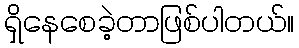
ရှိနေစေခဲ့တာဖြစ်ပါတယ်။